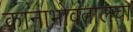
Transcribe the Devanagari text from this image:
कानाभोवतालचा